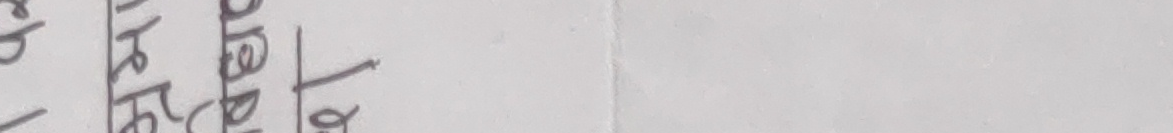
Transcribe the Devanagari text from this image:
धरिपो ठ । तटोक